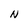
Character: N